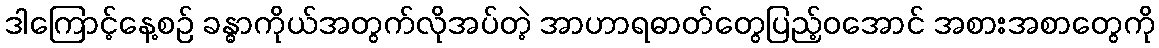
ဒါကြောင့်နေ့စဉ် ခန္ဓာကိုယ်အတွက်လိုအပ်တဲ့ အာဟာရဓာတ်တွေပြည့်ဝအောင် အစားအစာတွေကို